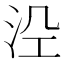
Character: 𭰆